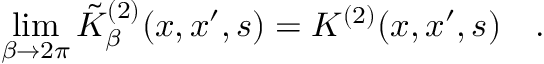
\operatorname * { l i m } _ { \beta \rightarrow 2 \pi } \tilde { K } _ { \beta } ^ { ( 2 ) } ( x , x ^ { \prime } , s ) = K ^ { ( 2 ) } ( x , x ^ { \prime } , s ) ~ ~ ~ .